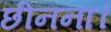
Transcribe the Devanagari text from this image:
छीनना।